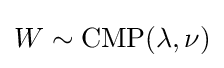
W\sim {\mbox{CMP}}(\lambda ,\nu )